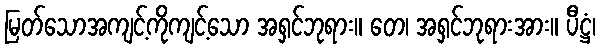
မြတ်သောအကျင့်ကိုကျင့်သော အရှင်ဘုရား။ တေ၊ အရှင်ဘုရားအား။ ပီဋ္ဌံ၊